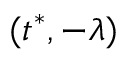
( t ^ { * } , - \lambda )